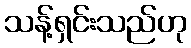
သန့်ရှင်းသည်ဟု